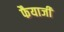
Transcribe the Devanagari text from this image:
फैयाजी